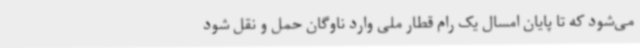
می‌شود که تا پایان امسال یک رام قطار ملی وارد ناوگان حمل و نقل شود